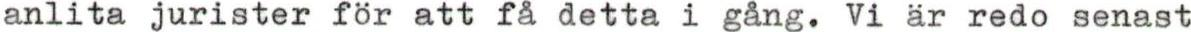
anlita jurister för att få detta i gång. Vi är redo senast